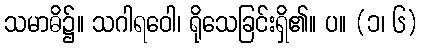
သမာဓိ၌။ သဂါရဝေါ၊ ရိုသေခြင်းရှိ၏။ ပ။ (၁၊ ၆)